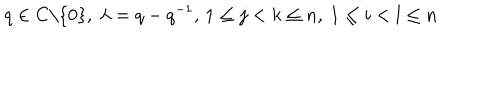
q \in C \backslash \{ 0 \} , \ \lambda = q - q ^ { - 1 } , \, 1 \leq j < k \leq n , \ 1 \leq i < l \leq n